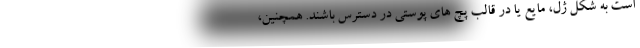
است به شکل ژل، مایع یا در قالب پچ های پوستی در دسترس باشند. همچنین،